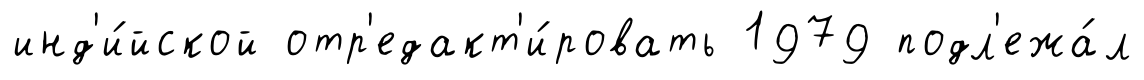
инд'и́йской отр'едакт'и́ровать 1979 подл'ежа́л